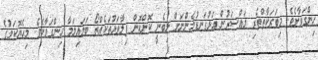
ހިންގަވާށެވެ. މިބަރަކާތްތެރި މައްސަރުން އަޅުގަނޑުމެންނަށް ލިބެނީ ކޮންކޮން ފިލާވަޅުތަކެއްތޯ ބަލައިލަމާ ހިންގަވާށެވެ. މިހެޔޮކަމުގެ